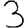
Digit: 3